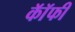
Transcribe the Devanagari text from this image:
कॉॅफी